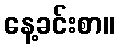
နေ့ခင်းစာ။